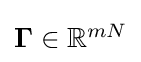
{\textstyle \mathbf {\Gamma } \in \mathbb {R} ^{mN}}